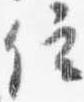
位